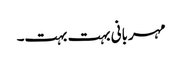
مہربانی بہت بہت۔